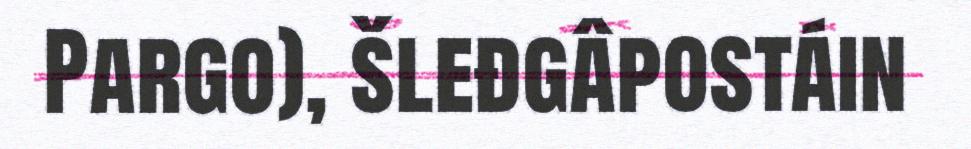
Pargo), šleđgâpostáin